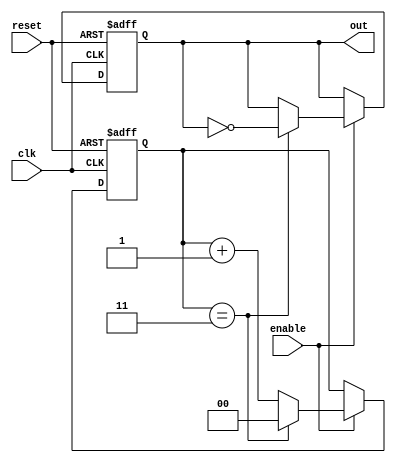
module divide_by_n_counter #(
    parameter N = 4 // Parameter to define the divide factor
)(
    input wire clk,      // Clock input
    input wire reset,    // Asynchronous reset input
    input wire enable,    // Enable input
    output reg out       // Output signal that toggles every N clock cycles
);

    // Calculate the number of bits required to represent N
    localparam COUNTER_BITS = $clog2(N);
    
    reg [COUNTER_BITS-1:0] count; // Counter state

    // Always block for counter logic
    always @(posedge clk or posedge reset) begin
        if (reset) begin
            count <= 0; // Reset the counter to 0
            out <= 0;   // Reset output
        end else if (enable) begin
            if (count == N-1) begin
                count <= 0; // Reset counter when it reaches N
                out <= ~out; // Toggle output
            end else begin
                count <= count + 1; // Increment counter
            end
        end
    end

endmodule